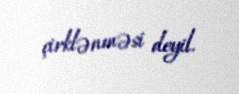
çirklənməsi deyil.